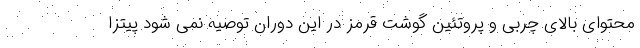
محتوای بالای چربی و پروتئین گوشت قرمز در این دوران توصیه نمی شود پیتزا